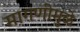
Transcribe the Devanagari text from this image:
मागणीमुळे